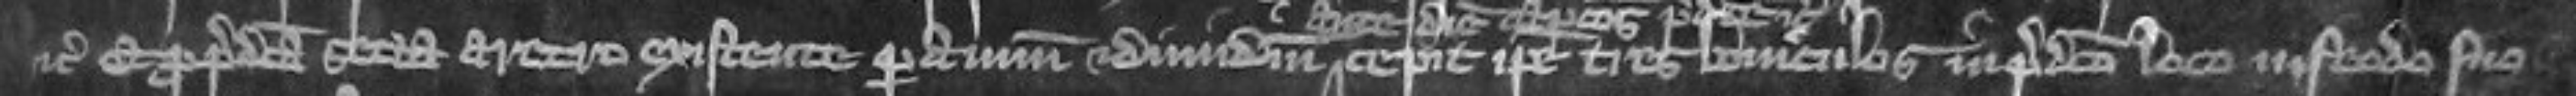
etc Et pro predicta secta aretro existente per annum et dimidium cepit ipse tres boviculos in predicto loco in feodo suo